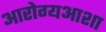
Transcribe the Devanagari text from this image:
आरोग्यआशा